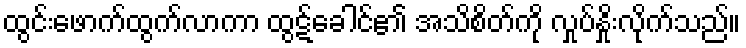
ထွင်းဖောက်ထွက်လာကာ ထွဋ်ခေါင်၏ အသိစိတ်ကို လှုပ်နှိုးလိုက်သည်။